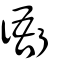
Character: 衙